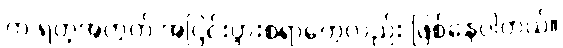
က ရတဲ့အတွက် အငြင်းပွားစရာတွေလည်း ဖြစ်နေပါတယ်။